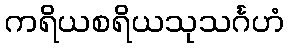
ကရိယစရိယသုသင်္ဂဟံ